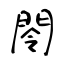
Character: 閝